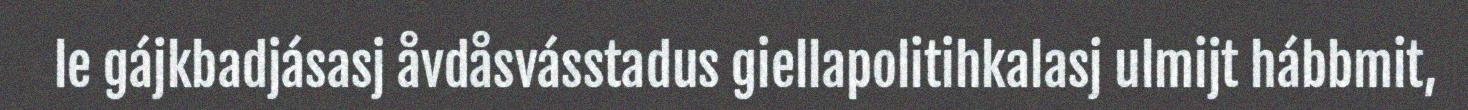
le gájkbadjásasj åvdåsvásstadus giellapolitihkalasj ulmijt hábbmit,